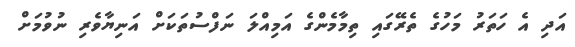
އަދި އެ ހަތަރު މަހުގެ ތެރޭގައި ތިމާމެންގެ އަމިއްލަ ނަފްސުތަކަށް އަނިޔާވެރި ނުވުމަށް